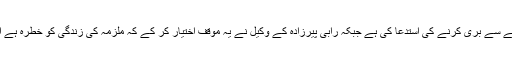
ملزمہ رابی پیرزادہ نے عدالت سے مقدمے سے بری کرنے کی استدعا کی ہے جبکہ رابی پیرزادہ کے وکیل نے یہ موقف اختیار کر کے کہ ملزمہ کی زندگی کو خطرہ ہے اور انہیں مسلسل دھمکیاں دی جارہی ہیں۔